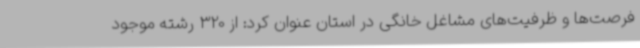
فرصت‌ها و ظرفیت‌های مشاغل خانگی در استان عنوان کرد: از 320 رشته موجود